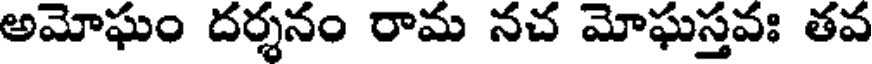
అమోఘం దర్శనం రామ నచ మోఘస్తవః తవ